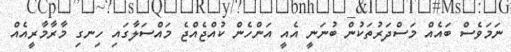
ނަމަވެސް ބައެއް މަސްދަރުތަކުން ބުނަނީ އެއީ އަންހެން ކުއްޖެއްޖެ މައްސަލާގައި ހިނގި މާރާމާރީއެއް